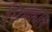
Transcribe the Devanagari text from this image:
फ़िल्हाल